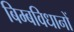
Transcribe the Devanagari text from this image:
बिम्बविधानों